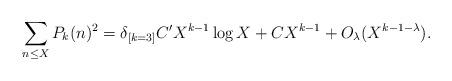
LaTeX: \begin{align*} \sum_{n \leq X} P_k(n)^2 = \delta_{[k = 3]} C' X^{k-1} \log X + C X^{k-1} + O_{\lambda}(X^{k - 1 - \lambda}). \end{align*}